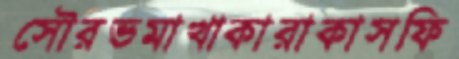
সৌরভমাখাকারাকাসফি